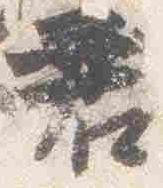
君